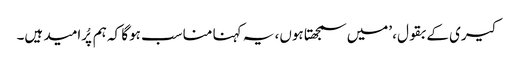
کیری کے بقول، ’میں سمجھتا ہوں، یہ کہنا مناسب ہوگا کہ ہم پُرامید ہیں۔